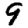
Digit: 9